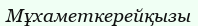
Мұхаметкерейқызы